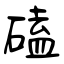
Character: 磕